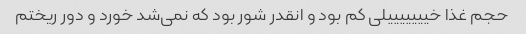
حجم غذا خیییییییلی کم بود و انقدر شور بود که نمی‌شد خورد و دور ریختم